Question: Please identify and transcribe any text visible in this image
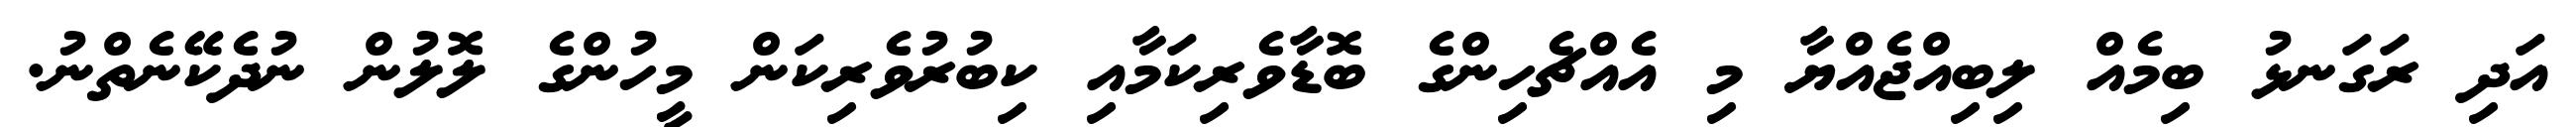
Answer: އަދި ރަގަނޅު ބިމެއް ލިބިއްޖެއްޔާ މި އެއްޗެހިންގެ ބޮޑާވެރިކަމާއި ކިބުރުވެރިކަން މީހުންގެ ލޮލުން ނުދެކޭނެތްނު.